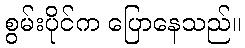
စွမ်းပိုင်က ပြောနေသည်။